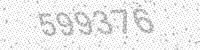
Solution: 599376